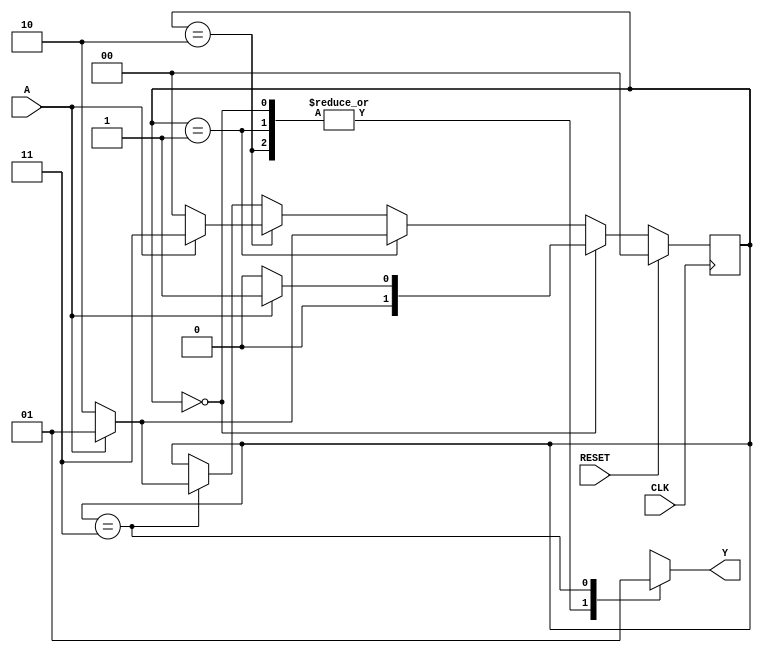
//
//	Last Editted: 2/23/2016
//  
//
//	Purpose: Detect the pattern 101 from an input signal and assert
// 	an output sigal for 1 clock cycle when detected.
//	Inputs:
//		A: input waveform to monitor for the pattern 101
//		CLK: periodioc clock signal
//		RESET: when asserted, forces the system into state S0, works synchronously
//	Outputs:
//		Y: set to 1 for one clock cycle when 101 is detected on the A input
//	Implementation details:
//		The states for the Moore state machince are defined as follows:
//			S0, encoded a 00, represents having seen 0 bits of the sequence - output is 0
//			S1, encoded a 01, represents having seen 1 bit of the sequence - output is 0
//			S2, encoded a 10, represents having seen 2 bits of the sequence - output is 0
//			S3, encoded a 11, represents having seen 3 bits of the sequence - output is 1
//


module lec7ex2 (
A,		// serial input signal
CLK,	// clock input
RESET,	// state machine reset
Y		// output signal indicating 101 has been detected
);
//  Input ports
input	A;
input 	CLK;
input	RESET;
// Output ports
output Y;

wire A;
wire CLK;
wire RESET;
reg [1:0] state;
reg Y;

always @ (posedge CLK) // Only positive transition on clock is the sensitivity list
						// can add or posedgeRESET for asynchronous reset
begin
	// #2; // Add propagation delay for state transition logic
	if (RESET == 1) begin
		state = 2'b00;
	end 
	else begin	// This implements the transitions of the state machine
		if (state == 2'b00)	begin		// state where no bits have been found
			if(A == 0) state = 2'b00;
			else state = 2'b01;
		end 
		else if (state == 2'b01) begin // state with 1 _ _ found
			if(A == 0) state = 2'b10;
			else state = 2'b01;
		end 
		else if (state == 2'b10) begin // state with 1 0 _ found	
			if(A == 0) state = 2'b00;
			else state = 2'b11;
		end 
		else if (state == 2'b11) begin // state with 1 0 1 found
			if(A == 0) state = 2'b10;
			else state = 2'b01;	
		end
	end
end

// Moore machine output section
always @ (state) 
begin
	case(state)//#2;  // add propagation delay for CLN generating output
	2'b00: Y = 0;  // pattern 101 hasn't been detected...
	2'b01: Y = 0;
	2'b10: Y = 0;
	2'b11: Y = 1;  // pattern is found in state 11, assert output
	endcase
end
	
endmodule

module lec7ex2_tb;  	// Note, no interface to testbenches
 reg wA,wCLK,wRESET;    // signals to be commanded must be "reg"
 wire wY;				// output from unit-under-test is "wire"

 
initial  begin
    $dumpfile ("lec7ex2.vcd"); 
	$dumpvars; 
end 

initial begin
	wRESET = 1;
	wCLK = 0;
	wA = 0;
	#8 wRESET = 0;
	#10 wA = 1;
	#20 wA = 0;
	#10 wA = 1;
	#10 wA = 0;
	#20 wA = 1;
	#10 wA = 0;
	#10 wA = 1;
	#20;
	$finish;
end

always begin
	#5 wCLK =! wCLK;
end

// Connect UUT to test bench signals
lec7ex2 uut(
.A		(wA),
.CLK	(wCLK),
.RESET	(wRESET),
.Y		(wY)
);
endmodule